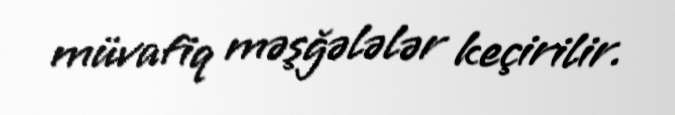
müvafiq məşğələlər keçirilir.